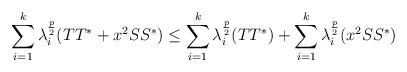
LaTeX: \begin{align*}\sum_{i=1}^k\lambda_i^{\frac{p}{2}}(TT^*+x^2SS^*)\leq \sum_{i=1}^k\lambda_i^{\frac{p}{2}}(TT^*)+\sum_{i=1}^k\lambda_i^{\frac{p}{2}}(x^2SS^*)\end{align*}